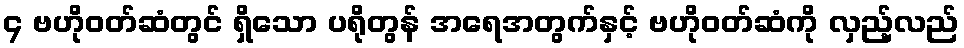
၄ ဗဟိုဝတ်ဆံတွင် ရှိသော ပရိုတွန် အရေအတွက်နှင့် ဗဟိုဝတ်ဆံကို လှည့်လည်